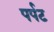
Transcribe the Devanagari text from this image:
पर्पट